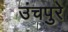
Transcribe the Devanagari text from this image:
उंचपुरे